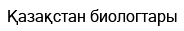
Қазақстан биологтары